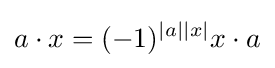
a\cdot x=(-1)^{|a||x|}x\cdot a